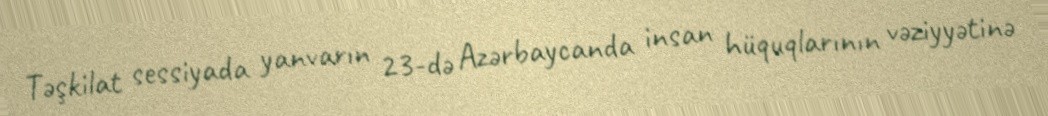
Təşkilat sessiyada yanvarın 23-də Azərbaycanda insan hüquqlarının vəziyyətinə